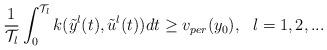
LaTeX: \begin{align*} \frac{1}{\mathcal{T}_l}\int_0^{\mathcal{T}_l}k(\tilde y^l(t), \tilde u^l(t))dt\geq v_{per}(y_0) , \ \ l=1,2,...\end{align*}